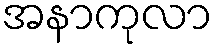
အနာကုလာ